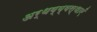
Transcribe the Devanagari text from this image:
अर्थव्य्वस्थाएँ